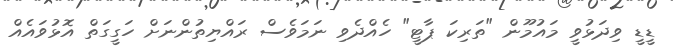
ޑީޑީ ވިދަޅުވީ މައުމޫން "ތަރިކަ ޕާޓީ" ހެއްދެވި ނަމަވެސް ރައްޔިތުންނަށް ހަގީގަތް އޮޅުވައެއް